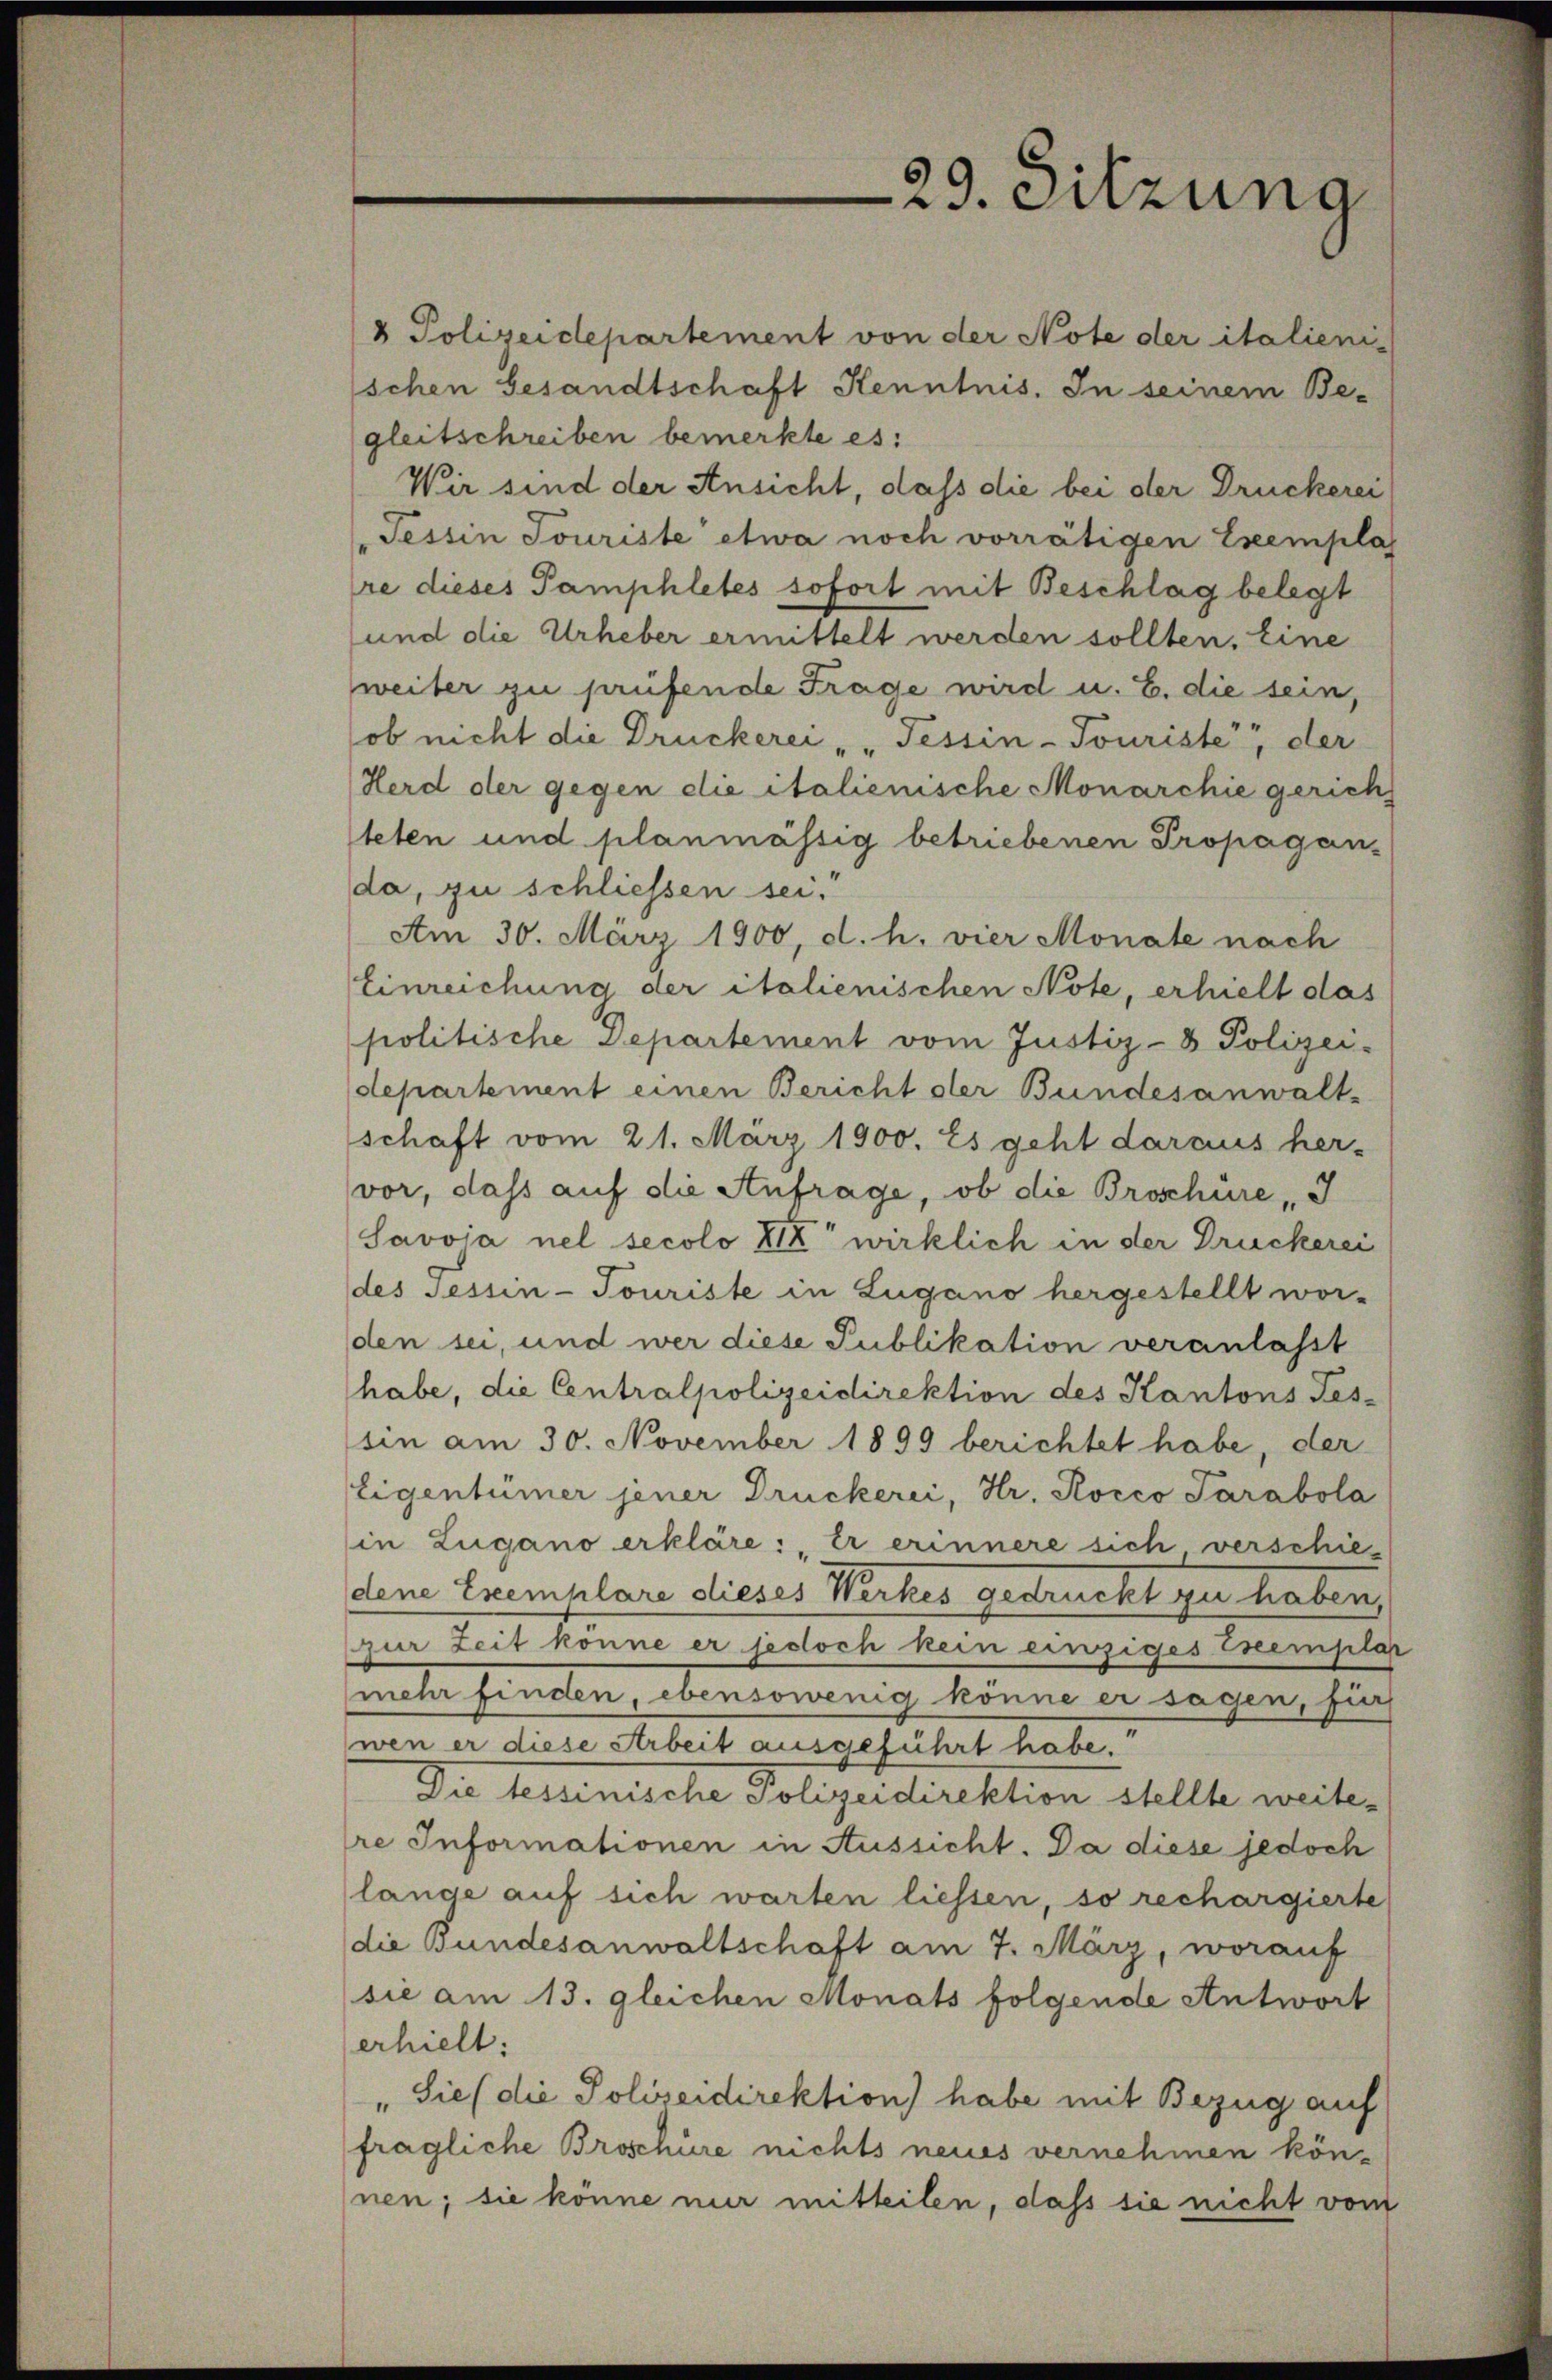
29. Sitzung

4 Polizeidepartement von der Note der italieni-
schen Gesandtschaft Kenntnis. In seinem Be-
gleitschreiben bemerkte es:
Wir sind der Ansicht, dass die bei der Druckerei
Tessin Jouriste etwa noch vorrätigen Exempla
re dieses Pamphletes sofort mit Beschlag belegt
und die Urheber ermittelt werden sollten. Eine
weiter zu prüfende Frage wird u. B. die sein,
ob nicht die Druckerei „ „Tessin-Touriste, der
Herd der gegen die italienische Monarchie gericht
teten und planmässig betriebenen Propagan-
da, zu schliessen sei.
Am 30. März 1900, d. h. vier Monate nach
Einreichung der italienischen Note, erhielt das
politische Departement vom Justiz- & Polizei-
departement einen Bericht der Bundesanwalt-
schaft vom 21. März 1900. Es geht daraus her-
vor, dass auf die Anfrage, ob die Broschüre, I
Savvia nel secolo XIX wirklich in der Druckerei
des Tessin-Touriste in Lugano hergestellt wor-
den sei, und wer diese Publikation veranlasst
habe, die Centralpolizeidirektion des Kantons Tes-
sin am 30. November 1899 berichtet habe, der
Eigentümer jener Druckerei, Hr. Kocco Parabola
in Lugano erkläre: Er erinnere sich verschie-
dene Exemplare dieses Werkes gedruckt zu haben,
zur Zeit könne er jedoch kein einziges Exemplar
mehr finden, ebensowenig könne er sagen, für
wen er diese Arbeit ausgeführt habe.
Die tessinische Polizeidirektion stellte weitere Informationen in Aussicht. Da diese jedoch
länge auf sich warten liessen, so rechargierte
die Bundesanwaltschaft am 7. März, worauf
sie am 13. gleichen Monats folgende Antwort
erhielt:
" Sie (die Polizeidirektion) habe mit Bezug auf
fragliche Broschüre nichts neues vernehmen können; sie könne nur mitteilen, dass sie nicht vom